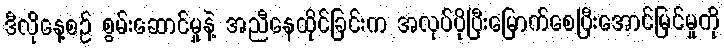
ဒီလိုနေ့စဉ် စွမ်းဆောင်မှုနဲ့ အညီနေထိုင်ခြင်းက အလုပ်ပိုပြီးမြောက်စေပြီးအောင်မြင်မှုကို